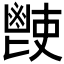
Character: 𩰢